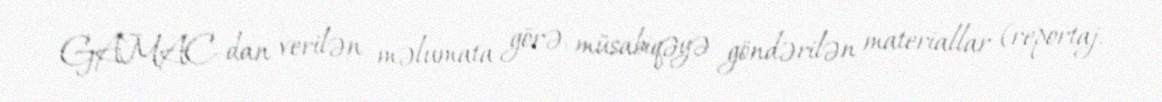
GAMAC-dan verilən məlumata görə, müsabiqəyə göndərilən materiallar (reportaj,